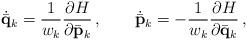
LaTeX: \begin{align*}\dot{\bar{\mathbf{q}}}_k=\frac1{w_k}\frac{\partial H}{\partial {\bar{\bf p}_k}}\,,\qquad\dot{\bar{\mathbf{p}}}_k=-\frac1{w_k}\frac{\partial H}{\partial {\bar{\bf q}_k}}\,,\end{align*}